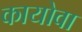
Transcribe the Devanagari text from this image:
कायोवा